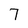
Character: 7